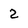
Character: 2